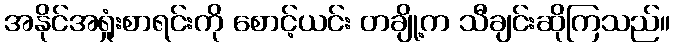
အနိုင်အရှုံးစာရင်းကို စောင့်ယင်း တချို့က သီချင်းဆိုကြသည်။